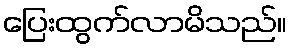
ပြေးထွက်လာမိသည်။